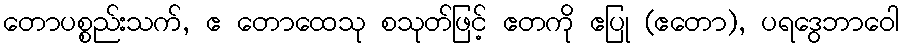
တောပစ္စည်းသက်, ဧ တောထေသု စသုတ်ဖြင့် ဧတကို ဧပြု (ဧတော), ပရဒွေဘာဝေါ